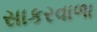
સાકરવાળા